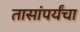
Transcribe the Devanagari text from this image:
तासांपर्यंचा